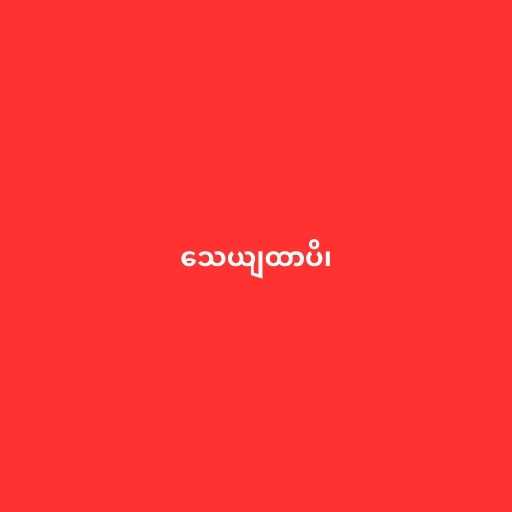
သေယျထာပိ၊